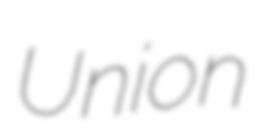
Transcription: Union